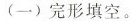
(一) 完形填空。